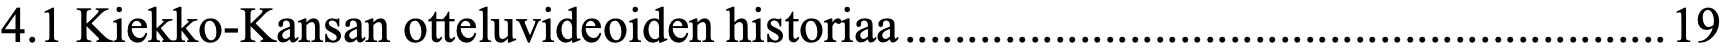
4.1 Kiekko-Kansan otteluvideoiden historiaa.............................................................19